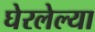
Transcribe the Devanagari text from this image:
घेरलेल्या